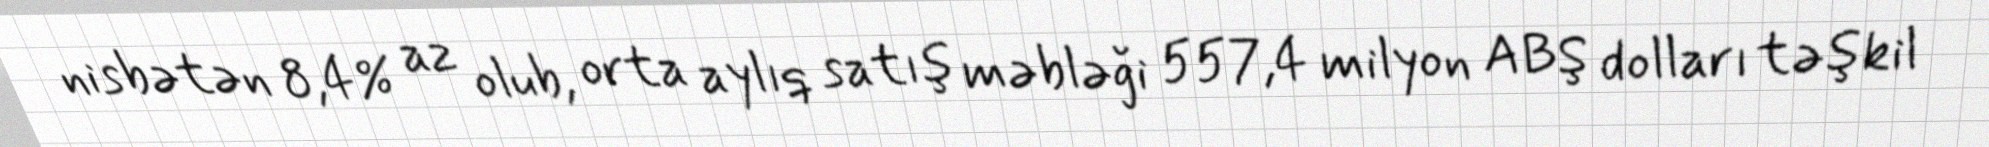
nisbətən 8,4% az olub, orta aylıq satış məbləği 557,4 milyon ABŞ dolları təşkil